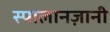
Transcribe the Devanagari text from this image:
स्पालानज़ानी